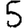
Digit: 5